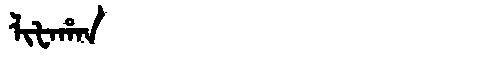
Manchu: ᠯᡳᡶᠠᡥᠠᠨ
Romanization: LIFAHAN